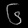
Digit: ၆